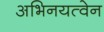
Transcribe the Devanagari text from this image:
अभिनयत्वेन